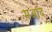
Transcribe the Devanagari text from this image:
मआद